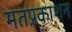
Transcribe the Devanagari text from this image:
मतप्रकाशन